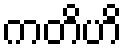
ကတိဟိ